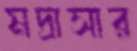
মদ্রাসার